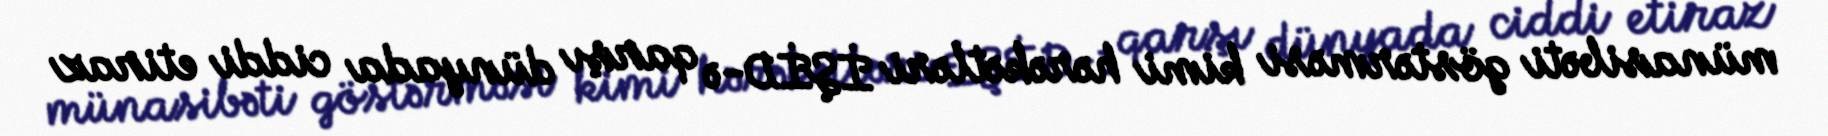
münasibəti göstərməsi kimi hərəkətləri İŞİD-ə qarşı dünyada ciddi etiraz